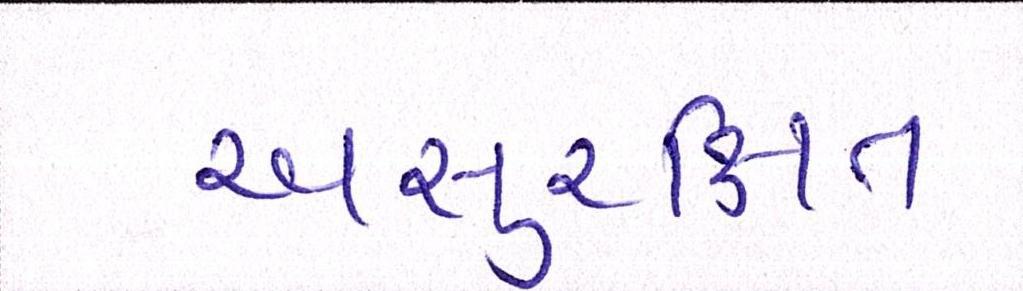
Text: અસુરિક્ષત